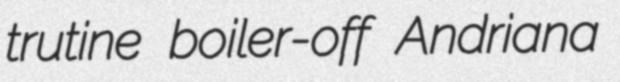
trutine boiler-off Andriana